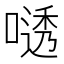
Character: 𫫟